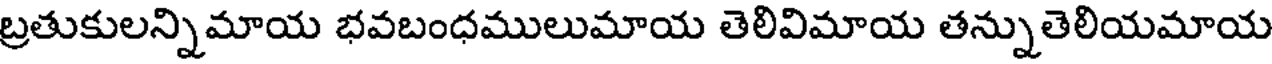
బ్రతుకులన్నిమాయ భవబంధములుమాయ తెలివిమాయ తన్నుతెలియమాయ